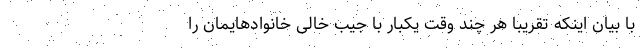
با بیان اینکه تقریبا هر چند وقت یکبار با جیب خالی خانوادهایمان را